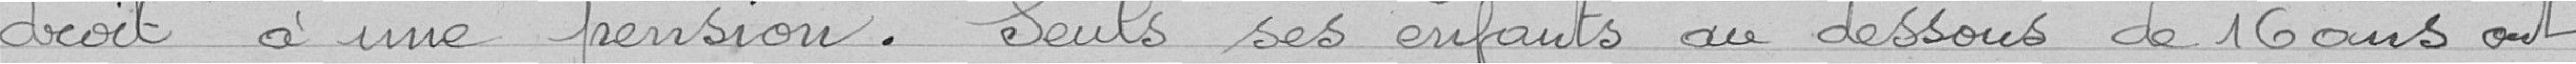
droit à une pension. Seuls les enfants au dessous de 16 ans ont